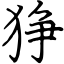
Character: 狰